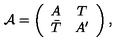
{ \mathcal A } = \left( \begin{array} { c c } { A } & { T } \\ { \bar { T } } & { A ^ { \prime } } \\ \end{array} \right) ,